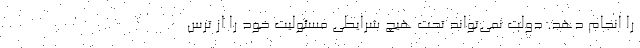
را انجام دهد. دولت نمی‌تواند تحت هیچ شرایطی مسئولیت خود را از ترس